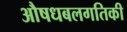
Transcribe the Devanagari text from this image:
औषधबलगतिकी